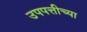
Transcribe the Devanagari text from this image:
उपपत्तीच्या